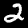
Label: 2